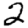
Digit: 2